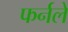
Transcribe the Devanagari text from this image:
फर्नले